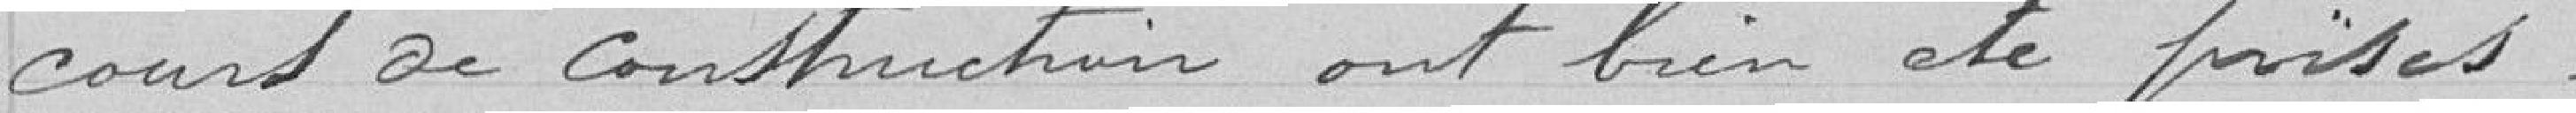
cours de construction ont bien été prises.